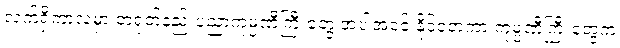
လက်ရှိကာလမှာ တရုတ်နည်းပညာကုမ္ပဏီကြီးတွေ အပါအဝင် နိုင်ငံတကာ ကုမ္ပဏီကြီးတွေက